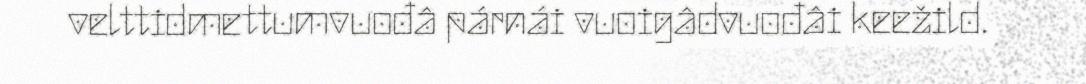
velttidmettumvuođâ párnái vuoigâdvuođâi keežild.